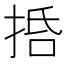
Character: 𢬸